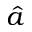
\hat { a }